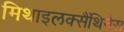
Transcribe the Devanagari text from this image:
मिथाइलक्सैंथिनेस